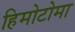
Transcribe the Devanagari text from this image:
हिमोटोमा